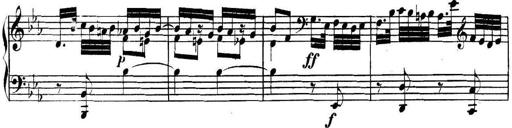
Title: Collected Piano Sonatas
Composer: Muzio Clementi